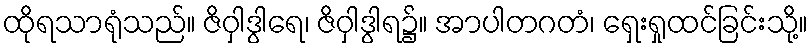
ထိုရသာရုံသည်။ ဇိဝှါဒွါရေ၊ ဇိဝှါဒွါရ၌။ အာပါတဂတံ၊ ရှေးရှုထင်ခြင်းသို့။